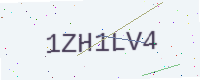
Text: 1ZH1LV4